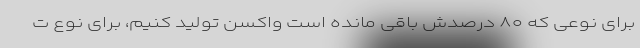
برای نوعی که ۸۰ درصدش باقی مانده است واکسن تولید کنیم، برای نوع ت